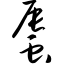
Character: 蜃